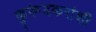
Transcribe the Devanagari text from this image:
कुरूंदकरांशी